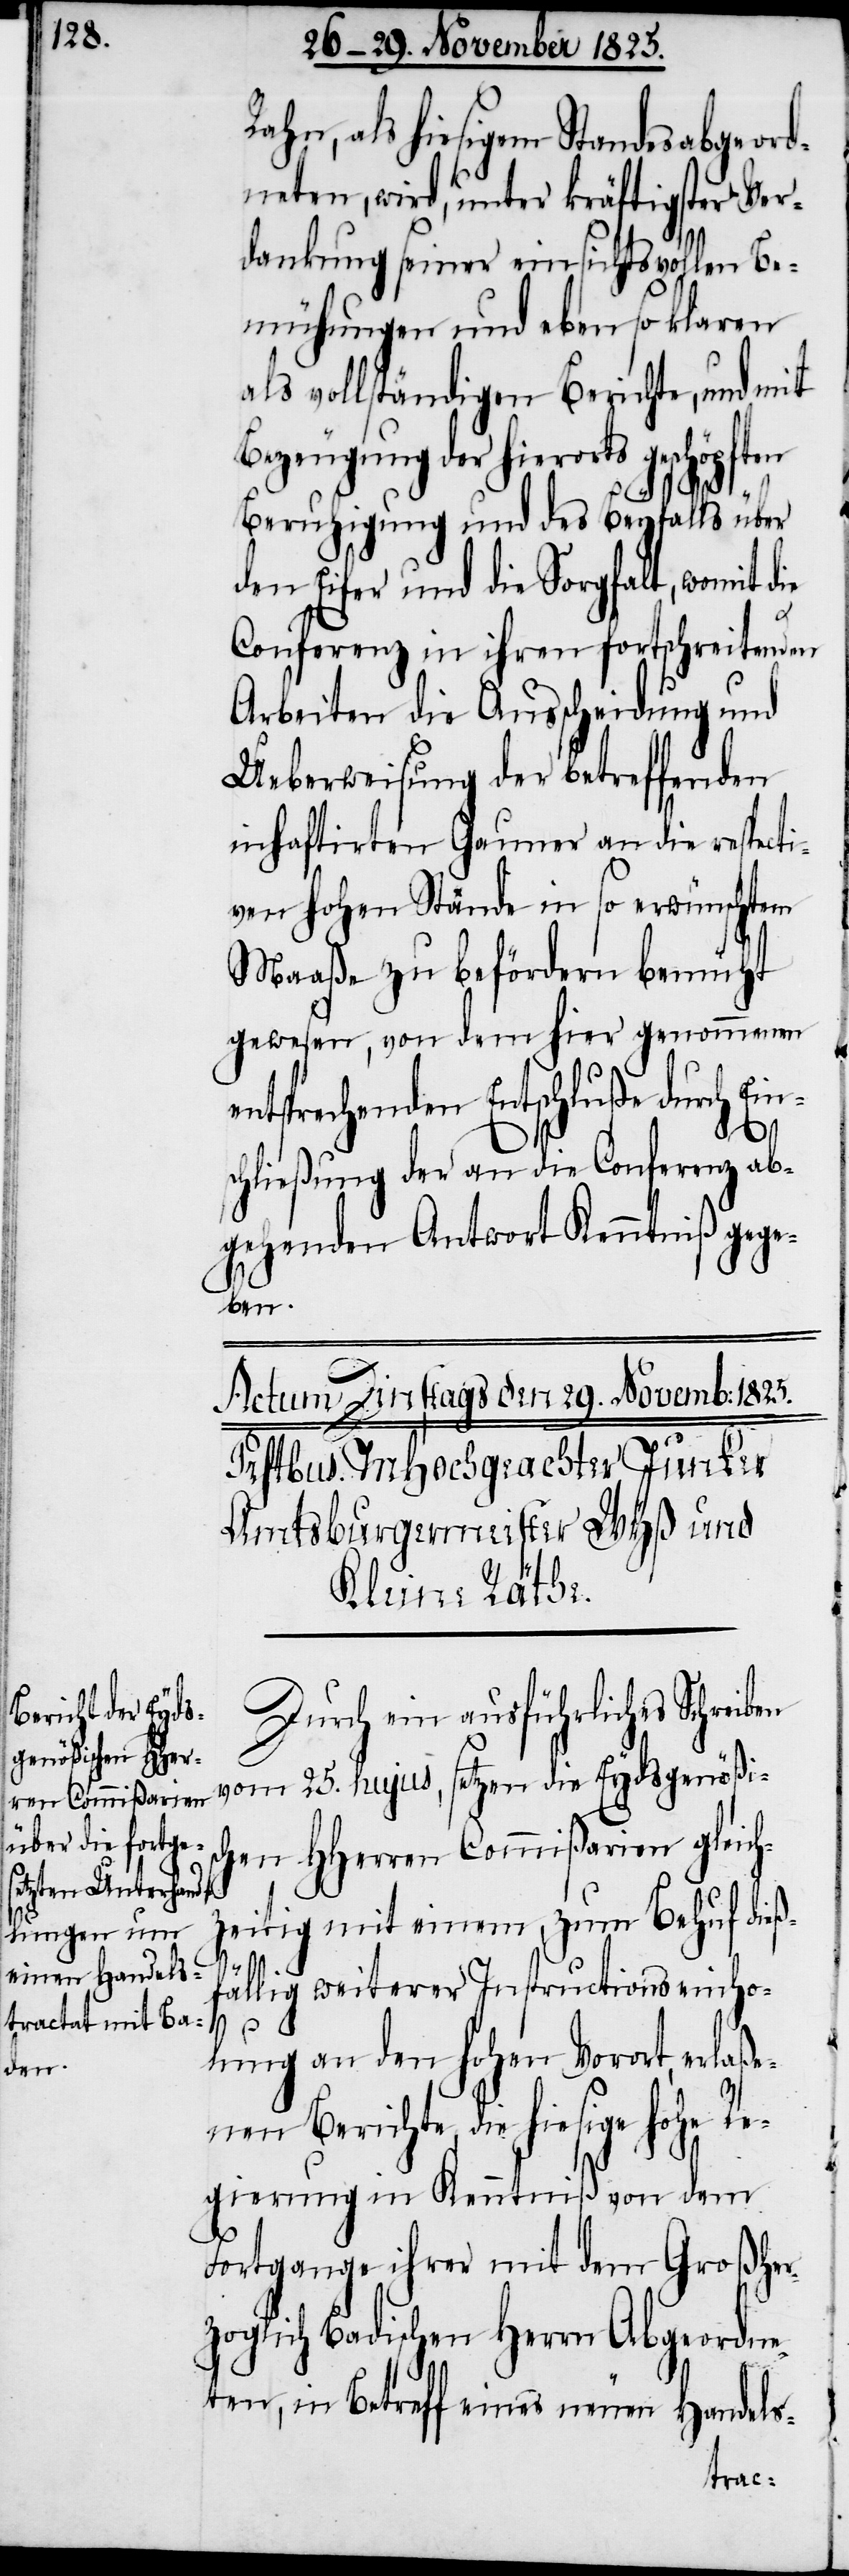
Rahn, als hiesigem Standesabgeord¬
neten, wird, unter kräftigster Ver¬
dankung seiner einsichtsvollen Be¬
mühungen und eben so klaren
als vollständigen Berichte, und mit
Bezeugung der hierorts
Beruhigung und des Beyfalls über
den Eifer und die Sorgfalt, womit die
Conferenz in ihren fortschreitenden
Arbeiten die Ausscheidung und
Ueberweisung der betreffenden
inhaftirten Gauner an die respecti¬
ven hohen Stände in so erwünschtem
Maaße zu befördern bemüht
gewesen, von dem hier genommenen
entsprechenden Entschluße durch Ein¬
schließung der an die Conferenz ab¬
gehenden Antwort Kenntniß gege¬
ben.
Durch ein ausführliches Schreiben
vom 25. hujus, setzen die Eydsgenößis¬
chen HHerren Commißarien gleich¬
zeitig mit einem, zum Behuf dießf¬
ällig weiterer Instructionseinho¬
lung an den hohen Vorort, erlaße¬
nen Berichte, die hiesige hohe Re¬
gierung in Kenntniß von dem
Fortgange ihrer mit dem Großhe¬
rzoglich Badischen Herrn Abgeordne¬
ten, in Betreff eines neuen Handels-